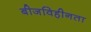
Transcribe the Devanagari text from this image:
बीजविहीनता